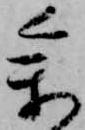
参